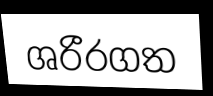
ශරීරගත